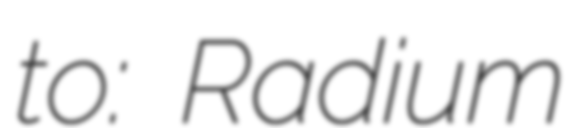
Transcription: to:  Radium